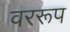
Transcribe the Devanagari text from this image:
वररूप